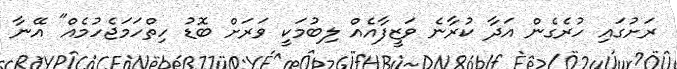
ރަށުގައި ހުރެގެން އަދާ ކުރާނެ ވަޒީފާއެއް ލިބުމަކީ ވަރަށް ބޮޑު ހިތްހަމަޖެހުމެއް" އޭނާ